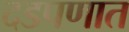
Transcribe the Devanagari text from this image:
दडपणात